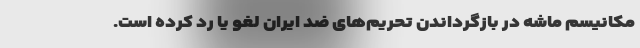
مکانیسم ماشه در بازگرداندن تحریم‌های ضد ایران لغو یا رد کرده است.